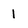
Character: 1